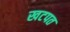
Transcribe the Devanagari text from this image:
खटपत